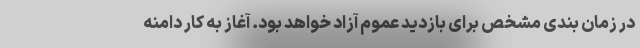
در زمان بندی مشخص برای بازدید عموم آزاد خواهد بود. آغاز به کار دامنه